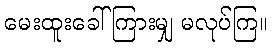
မေးထူးခေါ်ကြားမျှ မလုပ်ကြ။